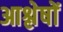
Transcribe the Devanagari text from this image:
आश्लेषों